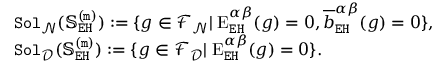
\begin{array} { r l } & { \mathtt { S o l } _ { \mathcal { N } } ( \mathbb { S } _ { \mathtt { E H } } ^ { \mathtt { ( m ) } } ) : = \{ g \in \mathcal { F } _ { \mathcal { N } } | \; \mathrm { E } _ { \mathtt { E H } } ^ { \alpha \beta } ( g ) = 0 , \overline { { b } } _ { \mathtt { E H } } ^ { \alpha \beta } ( g ) = 0 \} , } \\ & { \mathtt { S o l } _ { \mathcal { D } } ( \mathbb { S } _ { \mathtt { E H } } ^ { \mathtt { ( m ) } } ) : = \{ g \in \mathcal { F } _ { \mathcal { D } } | \; \mathrm { E } _ { \mathtt { E H } } ^ { \alpha \beta } ( g ) = 0 \} . } \end{array}